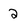
Character: 2